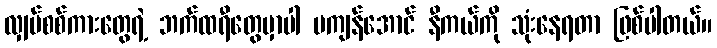
လျှပ်စစ်ကားတွေရဲ့ ဘက်ထရီတွေမှာပါ မကျန်အောင် နီကယ်ကို သုံးနေရတာ ဖြစ်ပါတယ်။